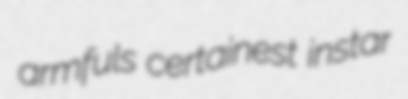
armfuls certainest instar